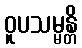
ဝူပသမ္မန္တိ